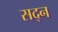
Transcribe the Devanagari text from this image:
सद्न